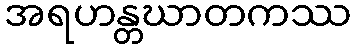
အရဟန္တဃာတကဿ